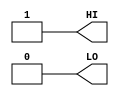
/**
 * conb: Constant value, low, high outputs.
 *
 * Verilog simulation functional model.
 */

module dummy_scl180_conb_1 (
	output wire HI,
	output wire LO
);
	// Connect HI to logic '1'
	assign HI = 1'b1;

	// Connect LO to logic '0'
	assign LO = 1'b0;
endmodule